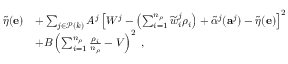
\begin{array} { r l } { \widetilde { \eta } ( \mathbf { e } ) } & { + \sum _ { j \in \mathcal { P } ( k ) } A ^ { j } \left[ W ^ { j } - \left( \sum _ { i = 1 } ^ { n _ { \rho } } \widetilde { w } _ { i } ^ { j } \rho _ { i } \right) + \widetilde { \alpha } ^ { j } ( \mathbf { a } ^ { j } ) - \widetilde { \eta } ( \mathbf { e } ) \right] ^ { 2 } } \\ & { + B \left( \sum _ { i = 1 } ^ { n _ { \rho } } \frac { \rho _ { i } } { n _ { \rho } } - V \right) ^ { 2 } \; , } \end{array}